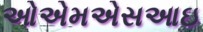
ઓએમએસઆઇ